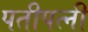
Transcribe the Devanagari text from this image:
पतीपत्‍नी